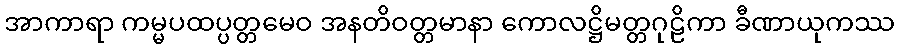
အာကာရာ ကမ္မပထပ္ပတ္တမေဝ အနတိဝတ္တမာနာ ကောလဋ္ဌိမတ္တဂုဠိကာ ခီဏာယုကဿ